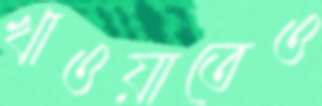
খাওয়াতেও